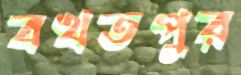
বখতপুর